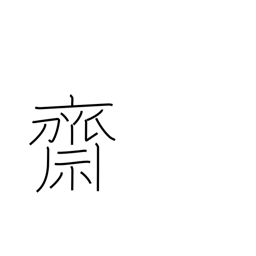
Meaning: religious purification